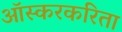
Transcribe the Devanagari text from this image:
ऑस्करकरिता